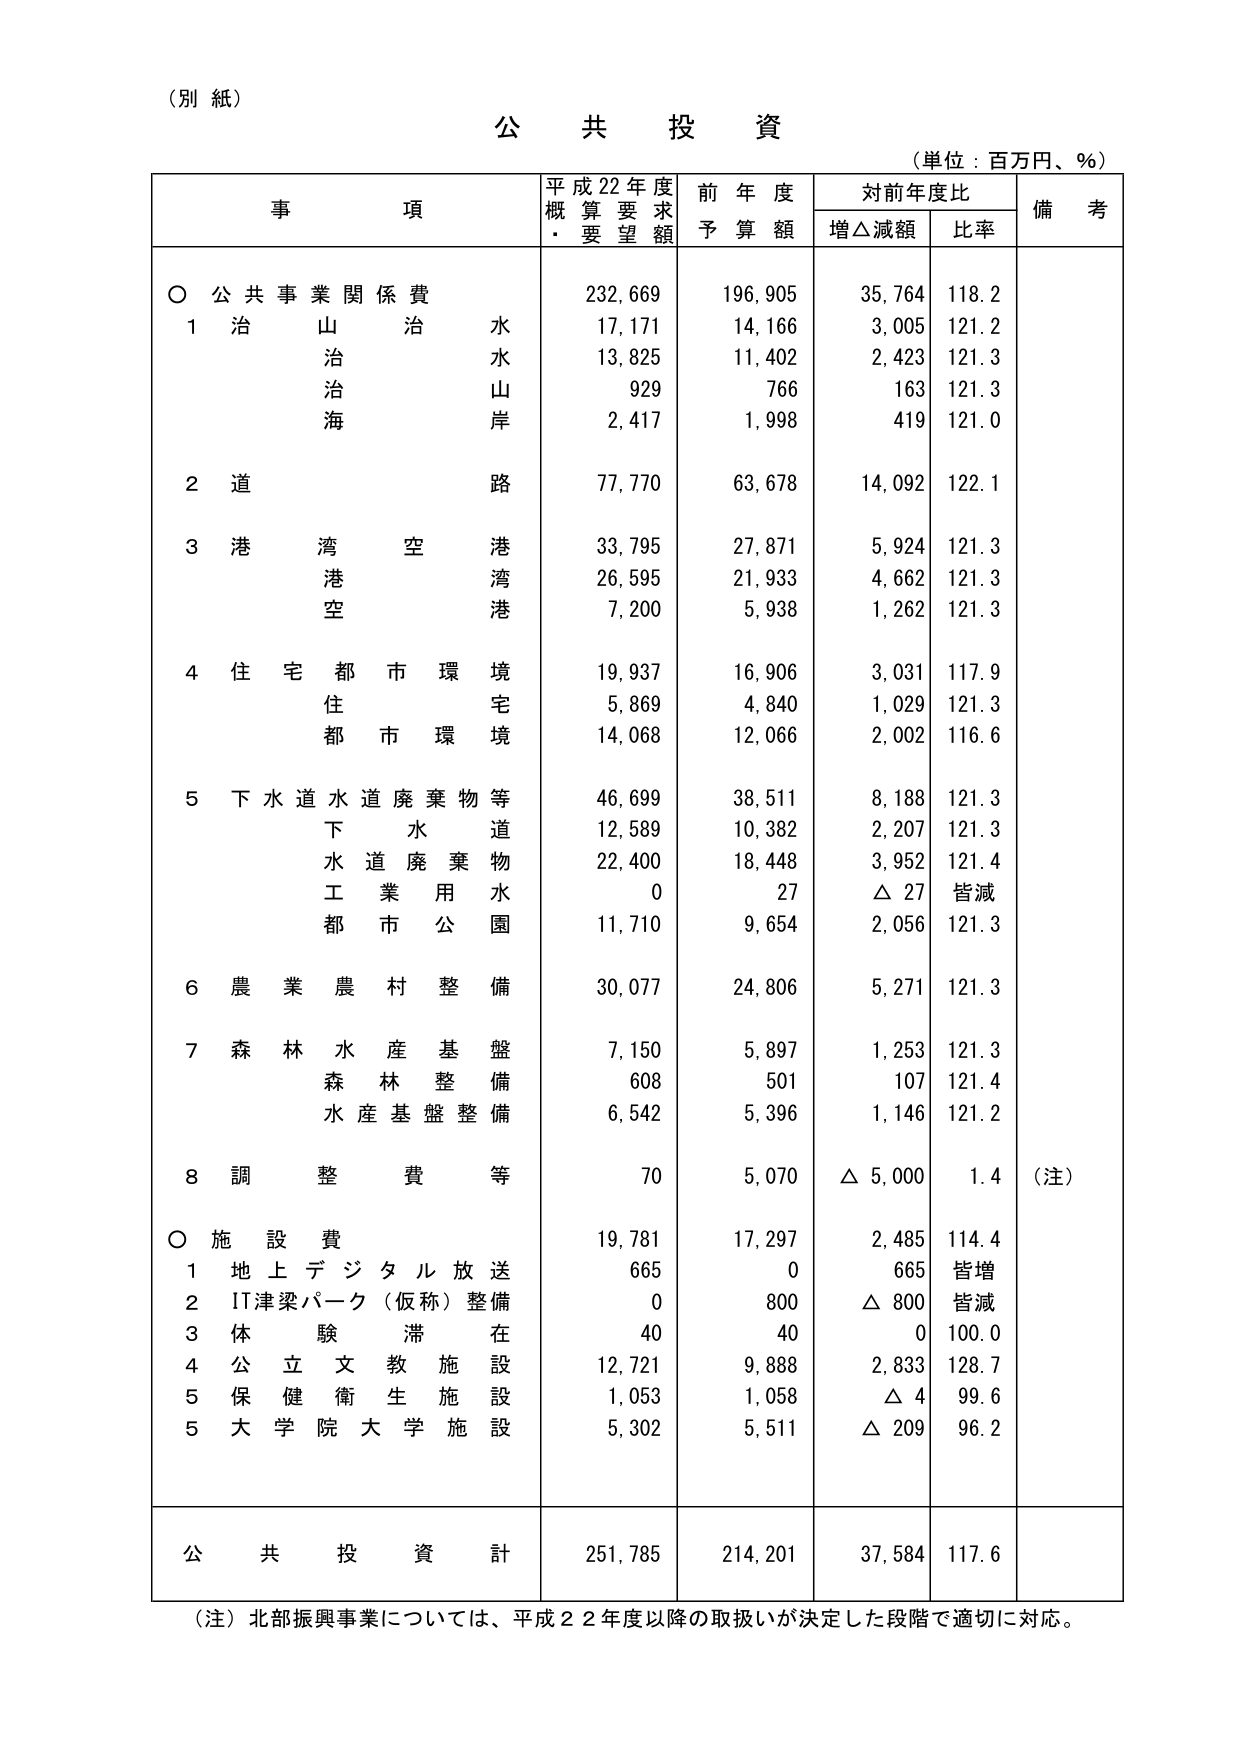
（別紙）

公 共 投 資

（単位：百万円、％）

事 項